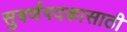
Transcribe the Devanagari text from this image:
सुवर्णपदकासाठी